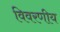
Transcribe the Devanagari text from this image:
विवरणीय